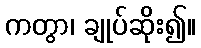
ကတွာ၊ ချုပ်ဆိုး၍။